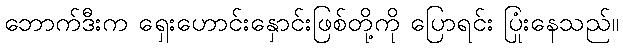
ဘောက်ဒီးက ရှေးဟောင်းနှောင်းဖြစ်တို့ကို ပြောရင်း ပြုံးနေသည်။